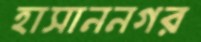
হাসাননগর